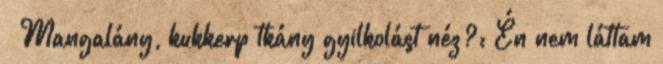
» Mangalány, kukkerp tkány gyilkolást néz?: Én nem láttam